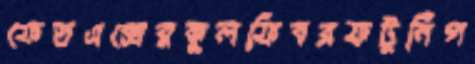
ফেডএক্সেরকুলফিবরফটুনিপ